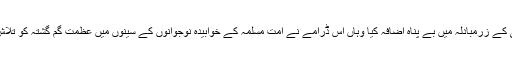
ارطغرل غازی نے جہاں ترکی کے زرمبادلہ میں بے پناہ اضافہ کیا وہاں اس ڈرامے نے امت مسلمہ کے خوابیدہ نوجوانوں کے سینوں میں عظمت گم گشتہ کو تلاش کرنے کا جذبہ بھی بیدار کیا۔